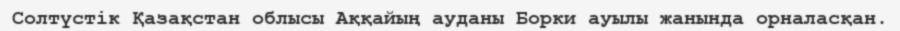
Солтүстік Қазақстан облысы Аққайың ауданы Борки ауылы жанында орналасқан.